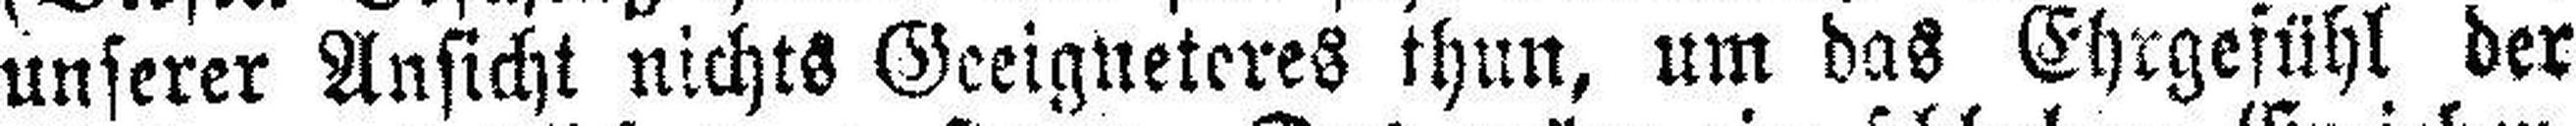
unserer Ansicht nichts Geeigneteres thun, um das Ehrgefühl der